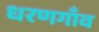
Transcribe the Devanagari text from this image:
धरणगाँव